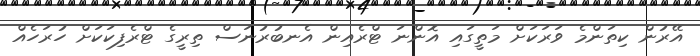
އޭރުން ކިތަންމެ ވަރަކަށް މަތީގައި އޮންނަ ޓްރެއިން އެނބުރުނަސް ތިރީގެ ޓްރެފިކަކަށް ހުރަހެއް